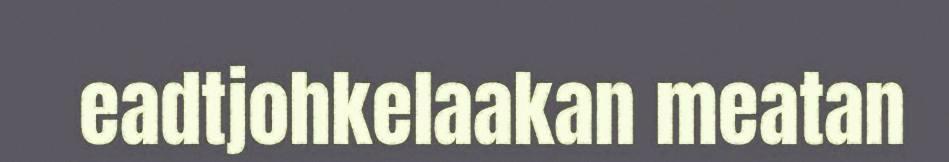
eadtjohkelaakan meatan